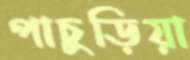
পাচুড়িয়া